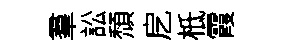
羣訟頹戹柢霞